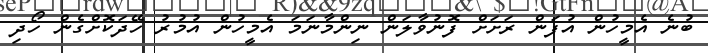
ބުނެ އެމީހުން އުފަން ރަށަށް ފޮނުވާލަން ނިންމާނަމަ އެމީހުން އުމުރު ހޭދަކޮށްގެން ހޯދި